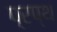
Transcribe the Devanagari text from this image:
प्रप्थ